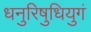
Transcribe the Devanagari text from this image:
धनुरिषुधियुगं